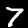
Digit: 7